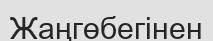
Жаңгөбегінен